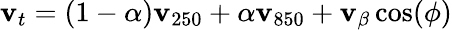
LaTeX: \textbf{v}_{t}=(1-\alpha)\textbf{v}_{250}+\alpha\textbf{v}_{850}+\textbf{v}_{\beta}\cos(\phi)